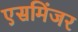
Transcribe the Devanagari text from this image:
एसमिंजर